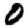
Digit: 0